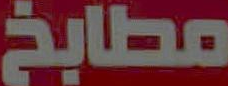
مطابخ